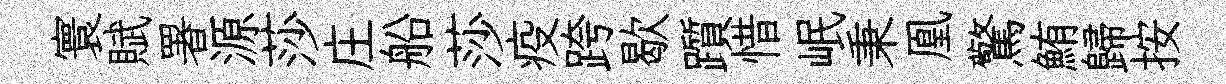
寰賦署源莎庄船莎疫跨歇躓惜岷秉凰驚鮪歸按